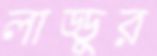
লাড্ডুর